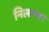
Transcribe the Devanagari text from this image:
निलाम्बर